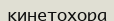
кинетохора